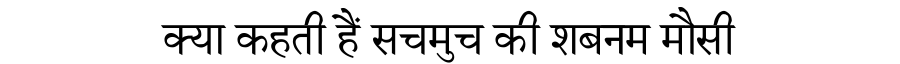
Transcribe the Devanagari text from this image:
क्या कहती हैं सचमुच की शबनम मौसी